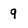
Character: 9